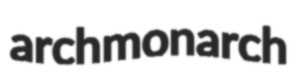
archmonarch